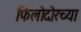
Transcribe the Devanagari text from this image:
फिलोदोरच्या